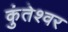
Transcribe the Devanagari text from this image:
कुंतेश्वर